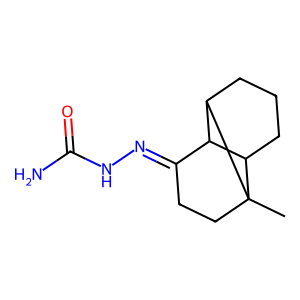
SMILES: CC12CCC(=NNC(N)=O)C3C1CCCC32
Inhibits HIV replication: No